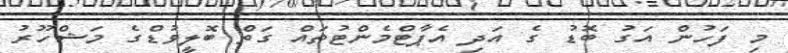
މި ފަހުން އަގު ބޮޑު ގެ އަދި އެޕާޓްމެންޓުތައް ގަތް ބޮލީވުޑްގެ މަޝްހޫރު